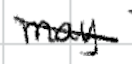
Text: may
Cross-out: diagonal
Writing tool: digital_black